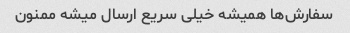
سفارش‌ها همیشه خیلی سریع ارسال میشه ممنون